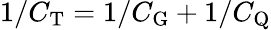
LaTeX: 1/C_{\mathrm{T}}=1/C_{\mathrm{G}}+1/C_{\mathrm{Q}}